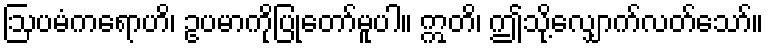
ဩပမံကရောဟိ၊ ဥပမာကိုပြုတော်မူပါ။ ဣတိ၊ ဤသို့လျှောက်လတ်သော်။